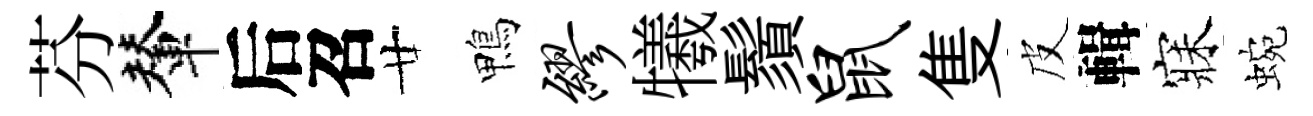
芬輦后召廿鴨缪犧鬚鼠隻皮輯寐蜿